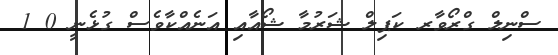
ސްނިލް ގްރޯވާރ ކަޕިލް ޝަރުމާ ޝޯއާއި އަނެއްކާވެސް ގުޅެނީ 0 1